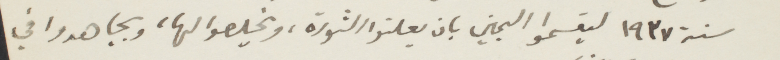
سنة ١۹۳۷ ليقسموا اليمين بان يعلنوا الثورة، ويخلصوا لها، ويجاهدوا في